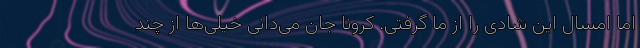
اما امسال این شادی را از ما گرفتی. کرونا جان می‌دانی خیلی‌ها از چند